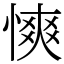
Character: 慡